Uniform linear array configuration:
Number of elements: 16
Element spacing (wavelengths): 0.25
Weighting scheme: blackman
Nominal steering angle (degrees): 45
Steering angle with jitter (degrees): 44.995
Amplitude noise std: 0.05
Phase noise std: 0.05

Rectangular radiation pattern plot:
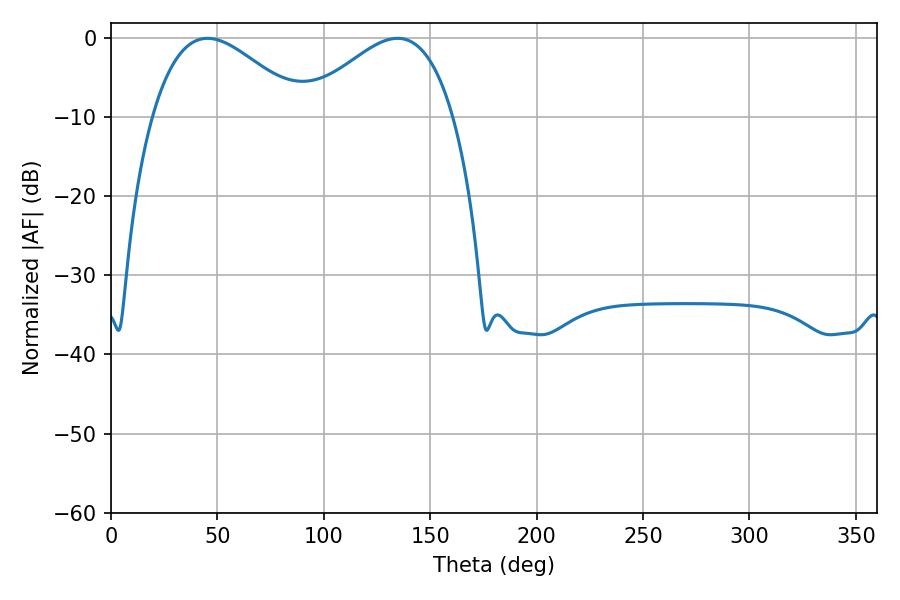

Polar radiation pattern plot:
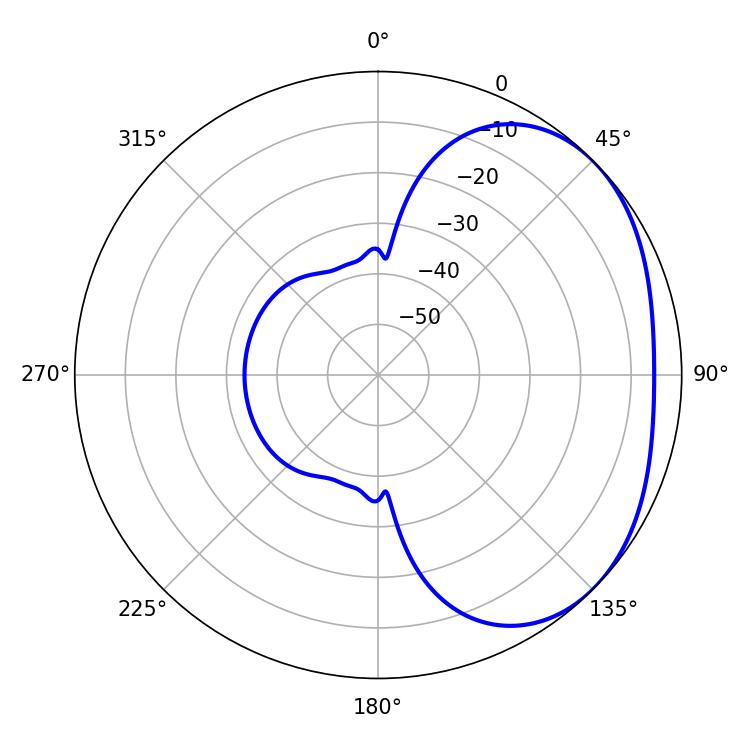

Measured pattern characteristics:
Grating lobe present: FALSE
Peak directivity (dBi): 2.616
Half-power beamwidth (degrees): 38.16
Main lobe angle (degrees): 45.36